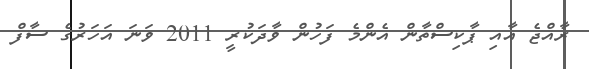
ރާއްޖެ އާއި ޕާކިސްތާން އެންމެ ފަހުން ވާދަކުރީ 2011 ވަނަ އަހަރުގެ ސާފް